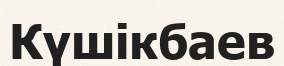
Күшікбаев